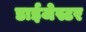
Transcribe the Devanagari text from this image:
डाईजेस्टर